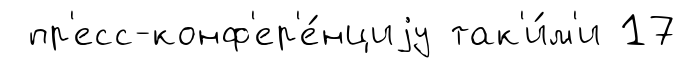
пр'есс-конф'ер'е́нциjу так'и́м'и 17